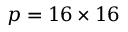
p = 1 6 \times 1 6